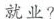
就业?